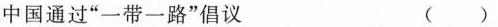
中国通过”一带一路”倡议 ( )